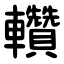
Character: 䡽